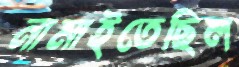
নামাইতেছিল